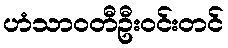
ဟံသာဝတီဦးဝင်းတင်